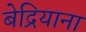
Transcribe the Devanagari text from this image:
बेद्रियाना